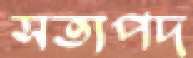
সত্যপদ